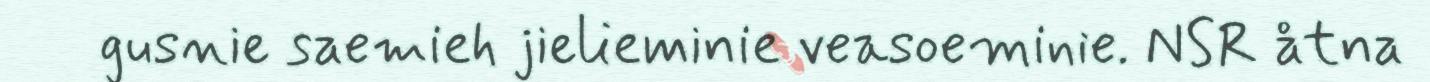
gusnie saemieh jielieminie veasoeminie. NSR åtna